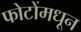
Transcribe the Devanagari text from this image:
फोटोंमधून